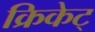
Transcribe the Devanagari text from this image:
क्रिकेट्